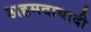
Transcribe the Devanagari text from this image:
अहमदाबादी